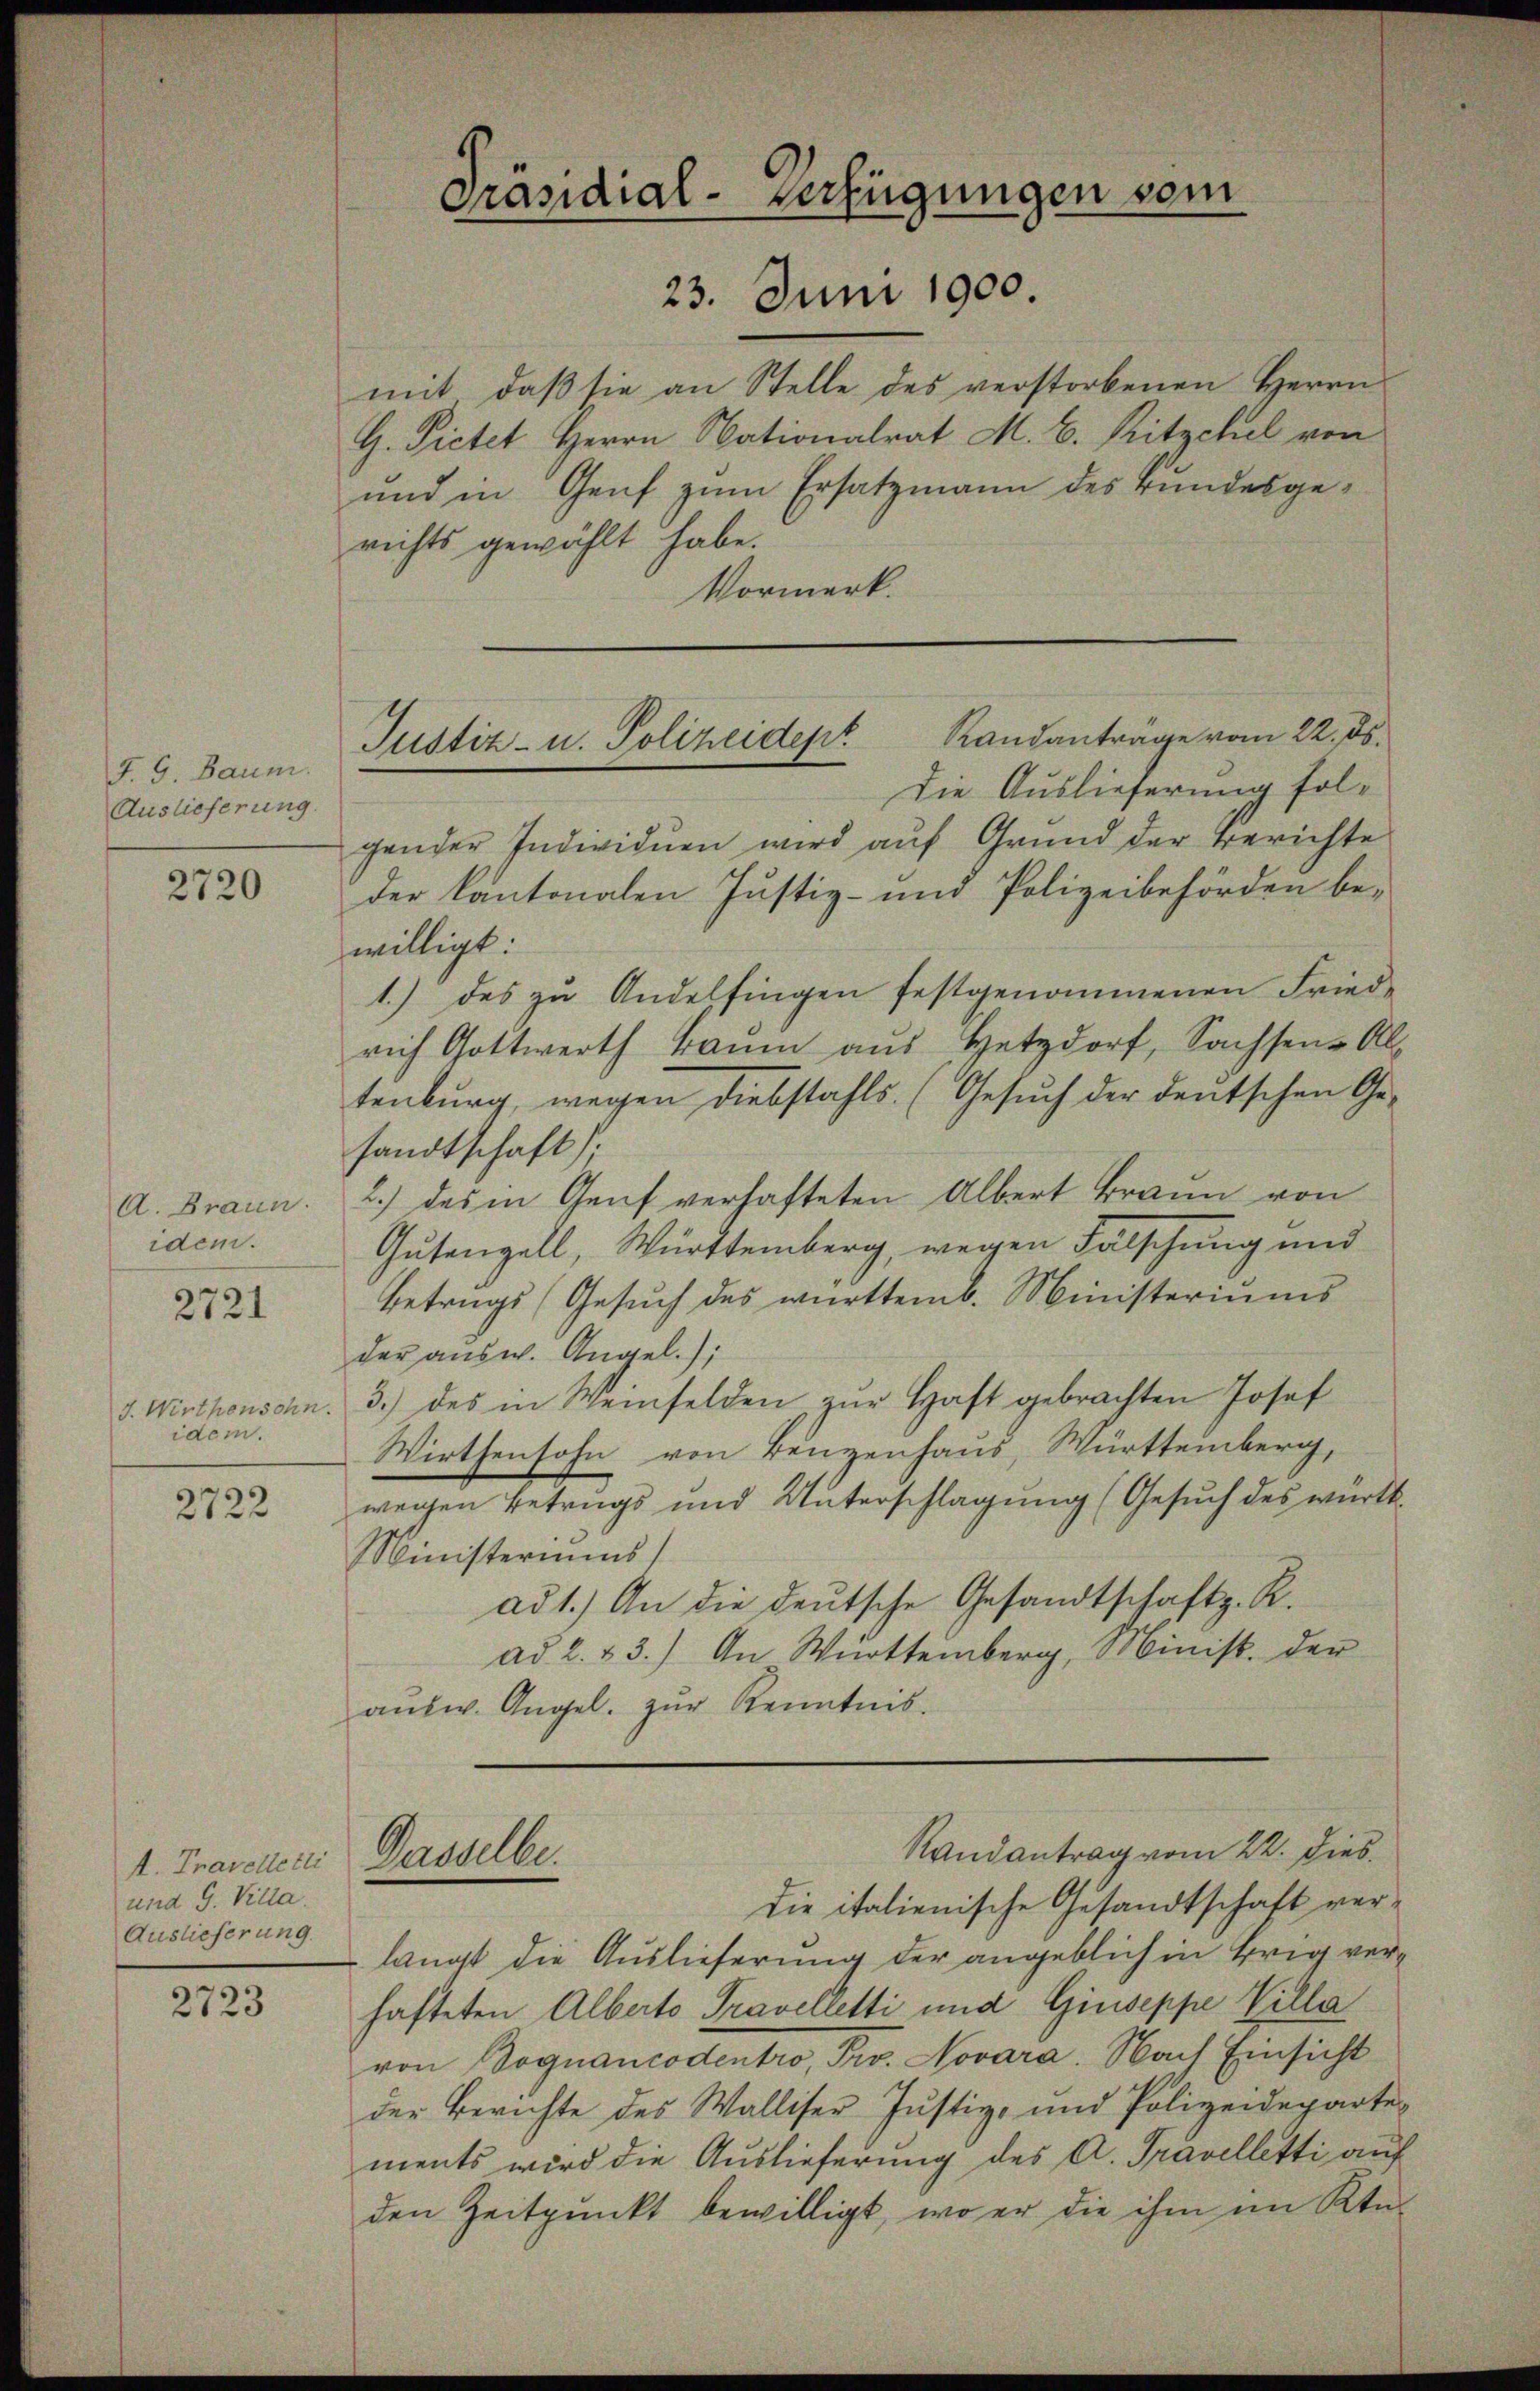
J. G. Baum.
Auslieferung.

2720

A. Braun.
idem.

2721

J. Wirthenschn
idem.

2722

I. Travelletti
und G. Villa.
Auslieferung.

2723

Präsidial-Verfügungen vom
23. Juni 1900.

Randanträge vom 22. ds.
Justiz- u. Polizeidept
Die Auslieferung fol¬

mit, daβ sie an Stelle des verstorbenen Herrn
G. Pietet Herrn Nationalrat M. B. Ritzchel von
und in Genf zum Ersatzmann des Bundesgerichts gewählt habe.
Vormerk.
gender Individuen wird auf Grund der Berichte
der Kantonalen Justiz- und Polizeibehörden bewilligt:
1.) des zu Andelfingen festgenommenen Friede
rich Gottwerth kaum aŭs Hetzdorf, Sachsen-Al
tenburg, wegen diebstahls. (Gesŭch der deutschen Ge-
sandtschaft).
2.) Das in Genf verhafteten Albert Brann von
Gutengell, Württemberg, wegen Fälschung und
Betrags (Gesuch des württemb. Ministeriums
der ausw. Angel.);
3.) des in Weinfelden zur Haft gebrachten Josef
Wirthensohn von Benzenhaus, Württemberg,
wegen Betrugs und Unterschlagung (Gesuch des württ.
Ministeriums
ad 1.) An die deutsche Gesandtschaft z. R.
ad 2. 43.) An Württemberg, Minist. der
aŭsw. Angel zŭr Kenntnis.
Randantrag vom 22. Dies
Gasselbe.
die italienische Gesandtschaft verlangt die Auslieferung der angeblich in Brig verhafteten Alberts Travelletti und Giuseppe Villa
von Boguancodentro, Pro. Novara. Nach Einsicht
der Berichte des Walliser-Justiz- und Polizeidepartements wird die Auslieferung des A. Travelletti auf
den Zeitpunkt bewilligt, wo er die ihm ein Kin-